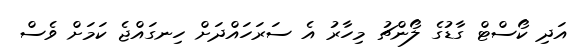
އަދި ކޯސްޓް ގާޑުގެ ލޯންޗު މިހާރު އެ ސަރަހައްދަށް ހިނގައްޖެ ކަމަށް ވެސް